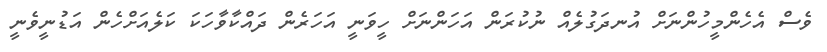
ވެސް އެހެންމީހުންނަށް އުނދަގުލެއް ނުކުރަން އަހަންނަށް ހީވަނީ އަހަރެން ދައްކާވާހަކަ ކަލެއަށްހެން އަޑުނީވެނީ